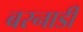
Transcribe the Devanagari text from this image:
बरनार्डी